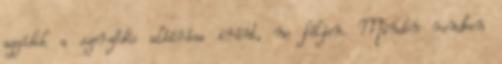
aggódik a szerződés aláírása iránt, ne féljen. Minden rendben